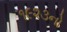
૧૯૨૩નો